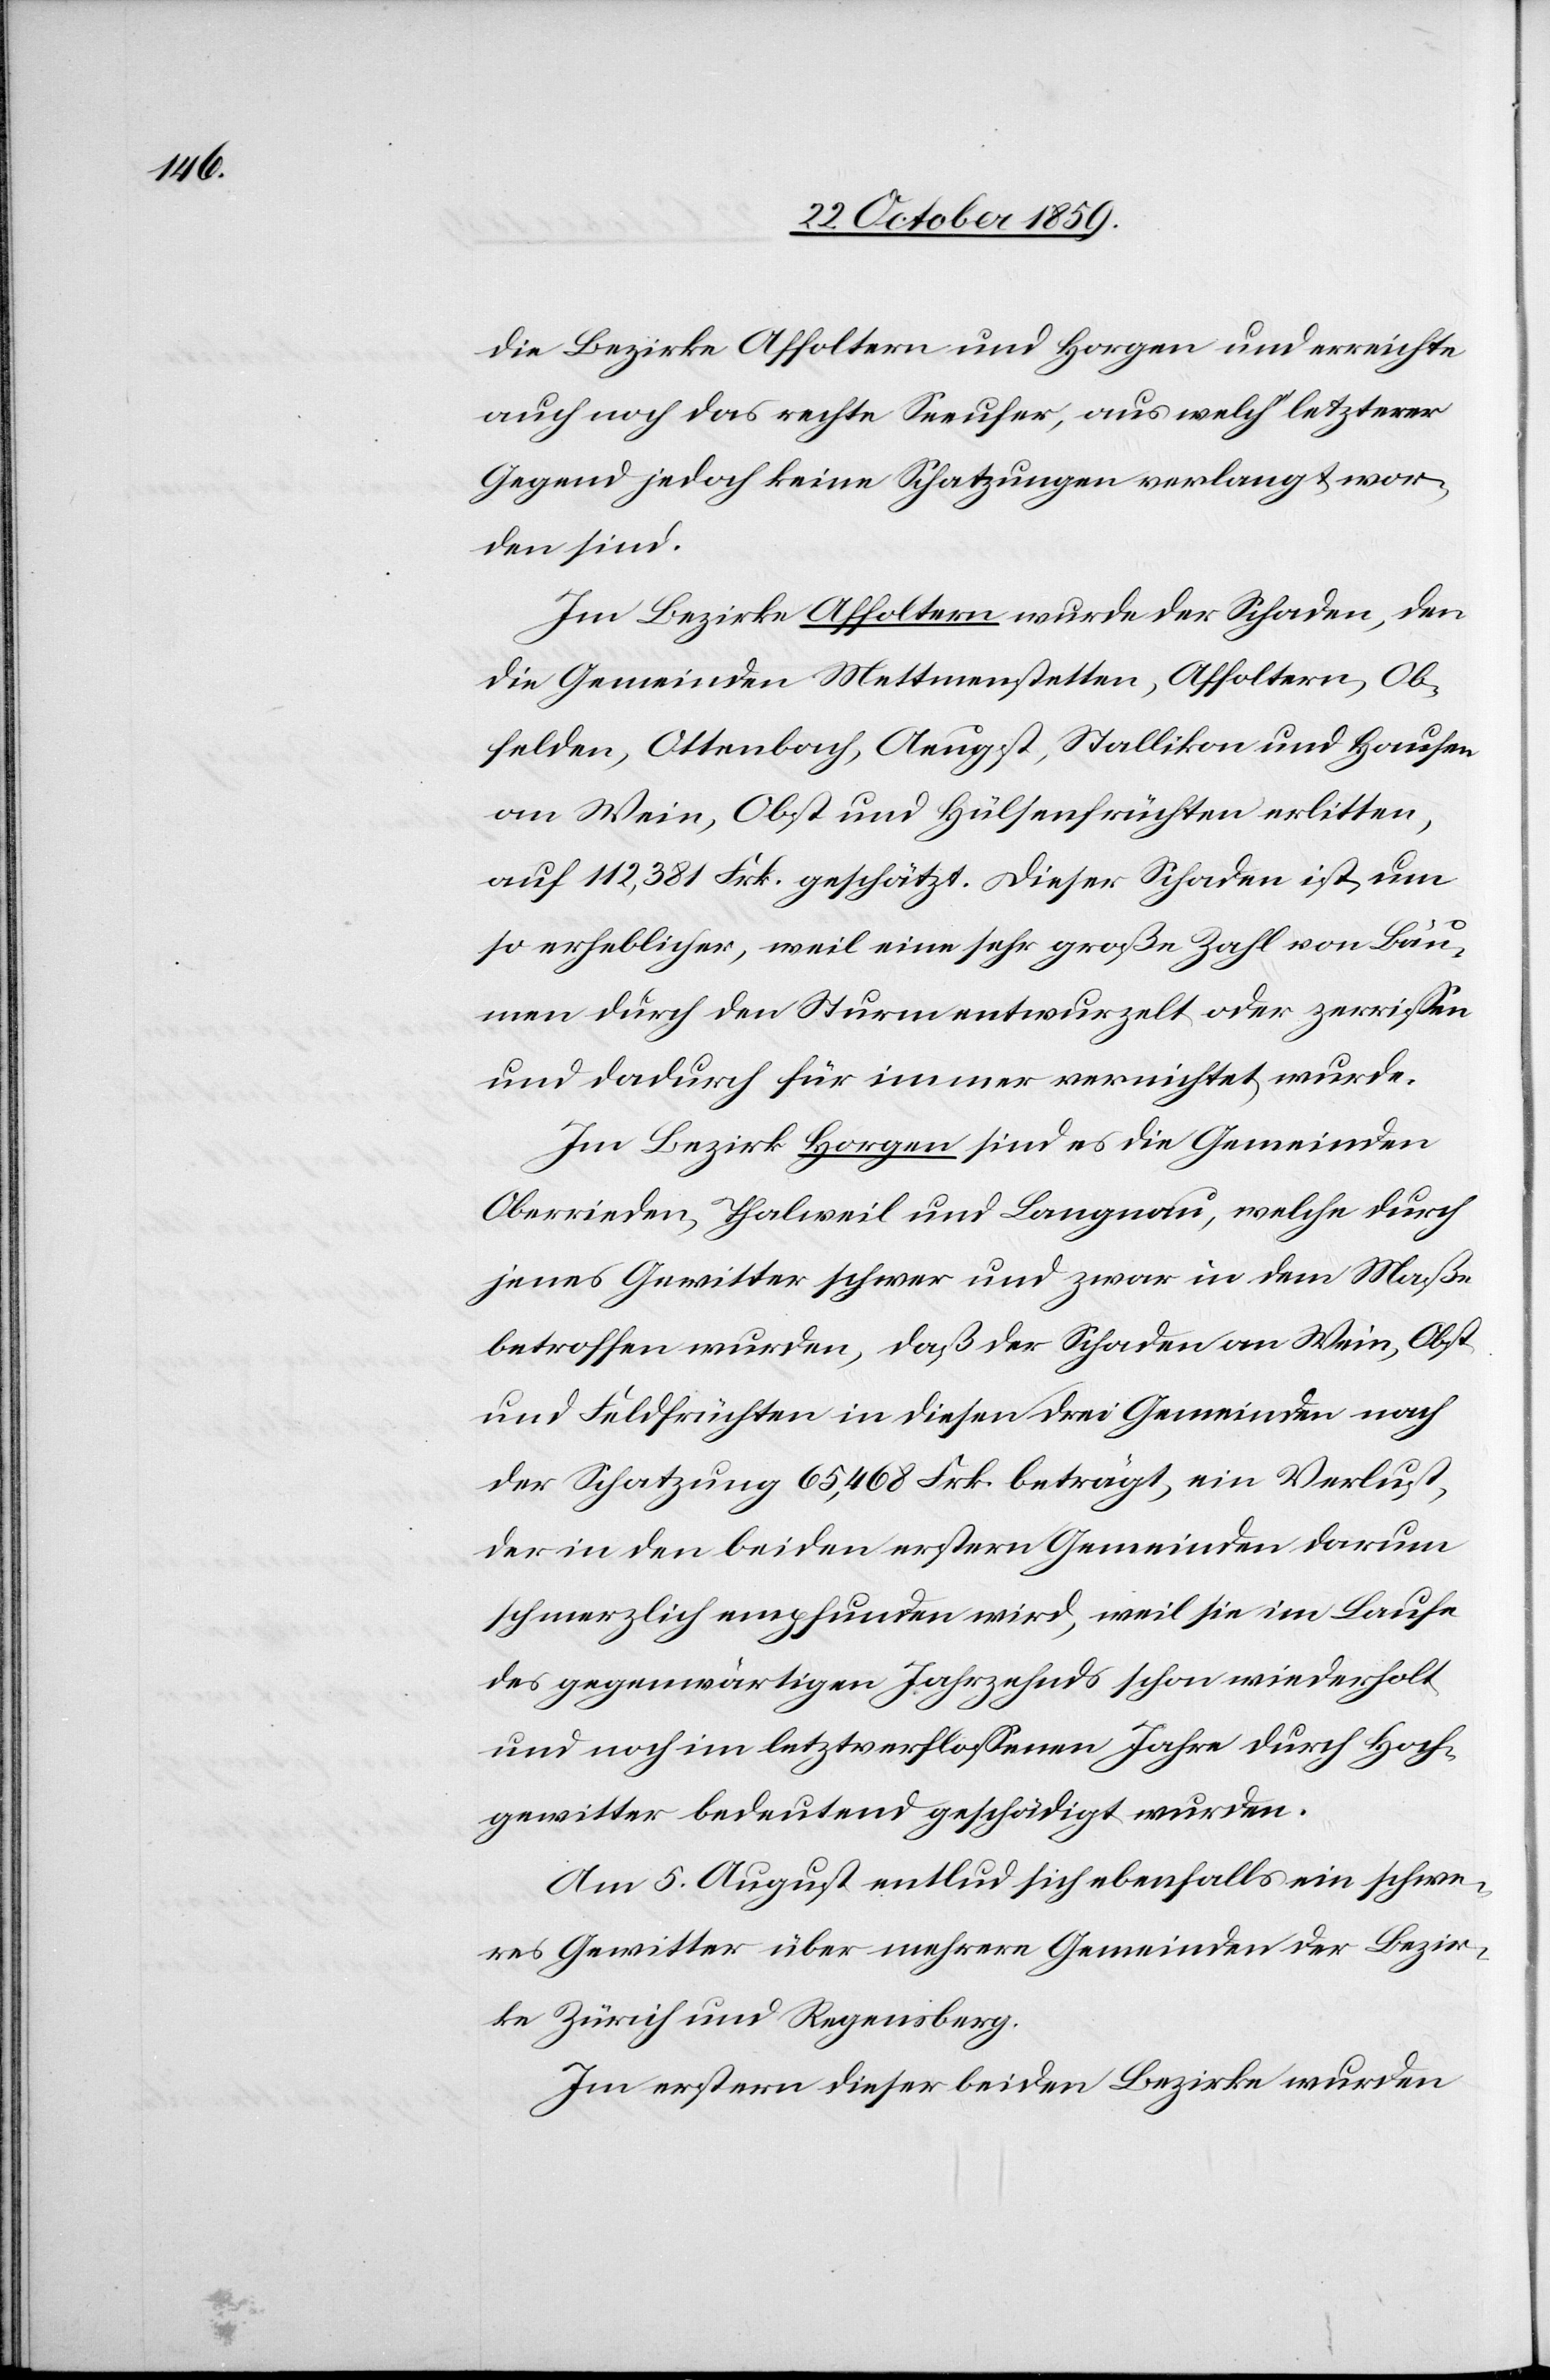
die Bezirke Affoltern und Horgen und erreichte
auch noch das rechte Seeufer, aus welch’ letzterer
Gegend jedoch keine Schatzungen verlangt wor¬
den sind.
Im Bezirke Affoltern wurde der Schaden, den
die Gemeinden Mettmenstetten, Affoltern, Ob¬
felden, Ottenbach, Aeugst, Stallikon und Hausen
an Wein, Obst und Hülsenfrüchten erlitten,
auf 112,381 Frk. geschätzt. Dieser Schaden ist um
so erheblicher, weil eine sehr große Zahl von Bäu¬
men durch den Sturm entwurzelt oder zerrissen
und dadurch für immer vernichtet wurde.
Im Bezirk Horgen sind es die Gemeinden
Oberrieden, Thalweil und Langnau, welche durch
jenes Gewitter schwer und zwar in dem Maße
betroffen wurden, daß der Schaden an Wein, Obst
und Feldfrüchten in diesen drei Gemeinden nach
der Schatzung 65,468 Frk. beträgt, ein Verlust,
der in den beiden erstern Gemeinden darum
schmerzlich empfunden wird, weil sie im Laufe
des gegenwärtigen Jahrzehnds schon wiederholt
und noch im letztverflossenen Jahre durch Hoch¬
gewitter bedeutend geschädigt wurden.
Am 5. August entlud sich ebenfalls ein schwe¬
res Gewitter über mehrere Gemeinden der Bezir¬
ke Zürich und Regensberg.
Im erstern dieser beiden Bezirke wurden